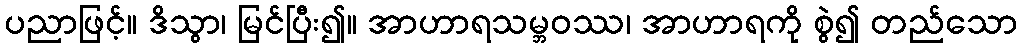
ပညာဖြင့်။ ဒိသွာ၊ မြင်ပြီး၍။ အာဟာရသမ္ဘဝဿ၊ အာဟာရကို စွဲ၍ တည်သော